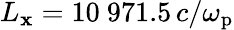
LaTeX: L_{\mathbf{x}}=10~971.5\, c/\omega_{\mathrm{{p}}}